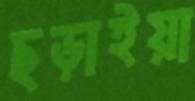
ছড়াইয়া